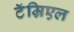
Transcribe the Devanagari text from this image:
टॅम्रिएल